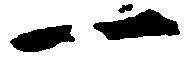
一